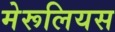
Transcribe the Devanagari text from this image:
मेरूलियस